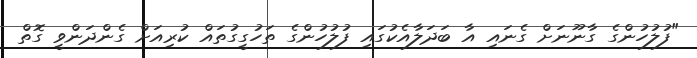
"ފުލުހުންގެ ގާނޫނަށް ގެނައި އާ ބަދަލާއެކުގައި ފުލުހުންގެ ތަހުގީގުތައް ކުރިއަށް ގެންދަންވީ ގޮތް